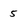
Character: 5